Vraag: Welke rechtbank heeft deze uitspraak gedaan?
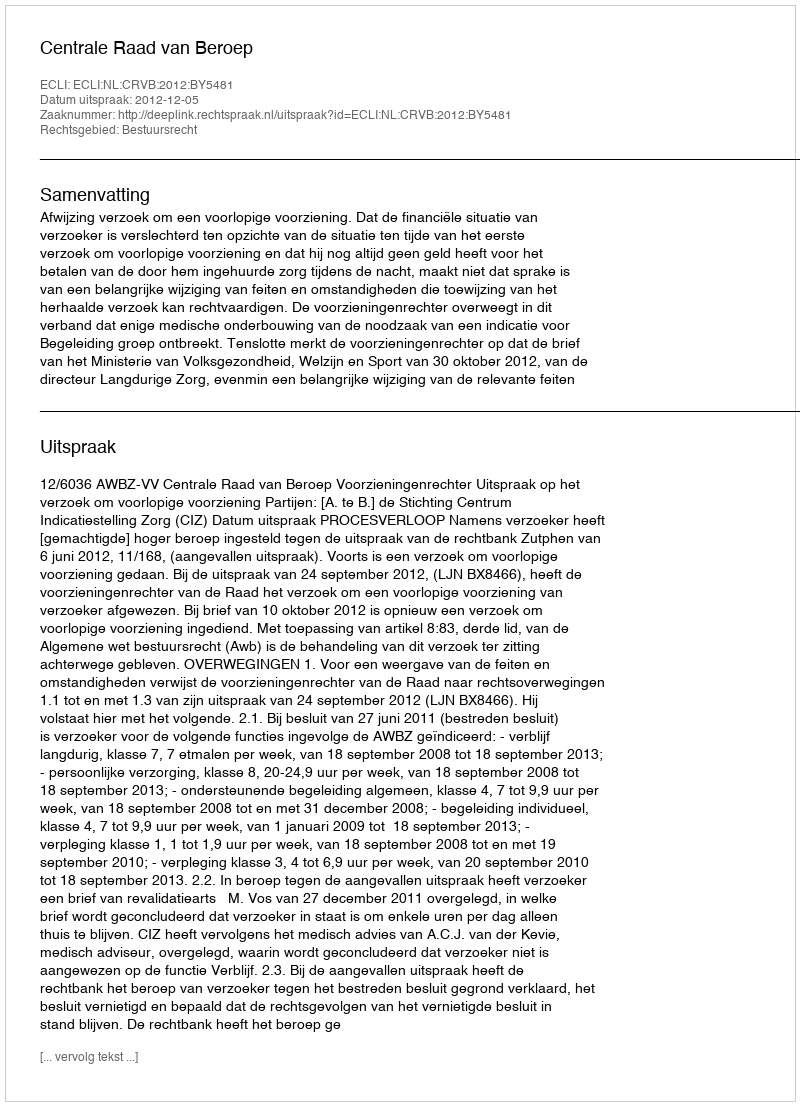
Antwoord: Centrale Raad van Beroep